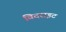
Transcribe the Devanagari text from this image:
विदराइट